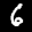
Label: 6